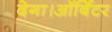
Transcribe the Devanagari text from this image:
देगा।ऑर्बिटर